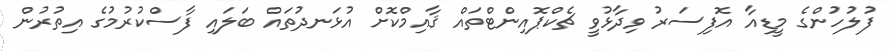
ފުލުހުންގެ މީޑިއާ އޮފިސަރު ވިދާޅުވީ ޗެކްޕޮއިންޓްތައް ޤާއިމްކޮށް އުޅަނދުތައް ބަލައި ފާސްކުރުމުގެ އިތުރުން